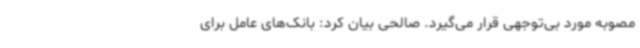
مصوبه مورد بی‌توجهی قرار می‌گیرد. صالحی بیان کرد: بانک‌های عامل برای